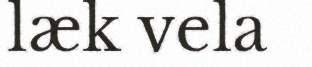
læk vela